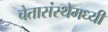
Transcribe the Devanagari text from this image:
चेतासंस्थेमध्यी